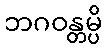
ဘဂဝန္တမ္ပိ